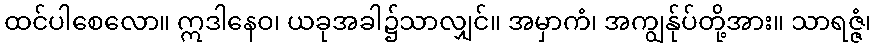
ထင်ပါစေလော။ ဣဒါနေဝ၊ ယခုအခါ၌သာလျှင်။ အမှာကံ၊ အကျွန်ုပ်တို့အား။ သာရဇ္ဇံ၊